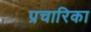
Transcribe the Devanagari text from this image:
प्रचारिका